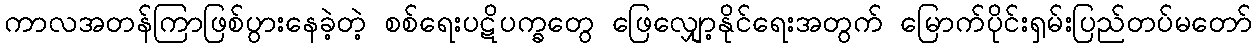
ကာလအတန်ကြာဖြစ်ပွားနေခဲ့တဲ့ စစ်ရေးပဋိပက္ခတွေ ဖြေလျှော့နိုင်ရေးအတွက် မြောက်ပိုင်းရှမ်းပြည်တပ်မတော်